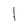
Character: I